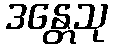
ဒန္တေသု